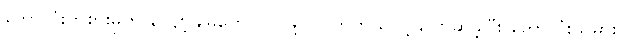
ဘောလုံးကစားမှုကို လျော့ချမှုတွေ လုပ်ဖို့ လိုလာတယ်လို့ ပြောဆိုခဲ့ပြီး ဘောလုံးသမား